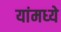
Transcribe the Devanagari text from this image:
यांमध्‍ये